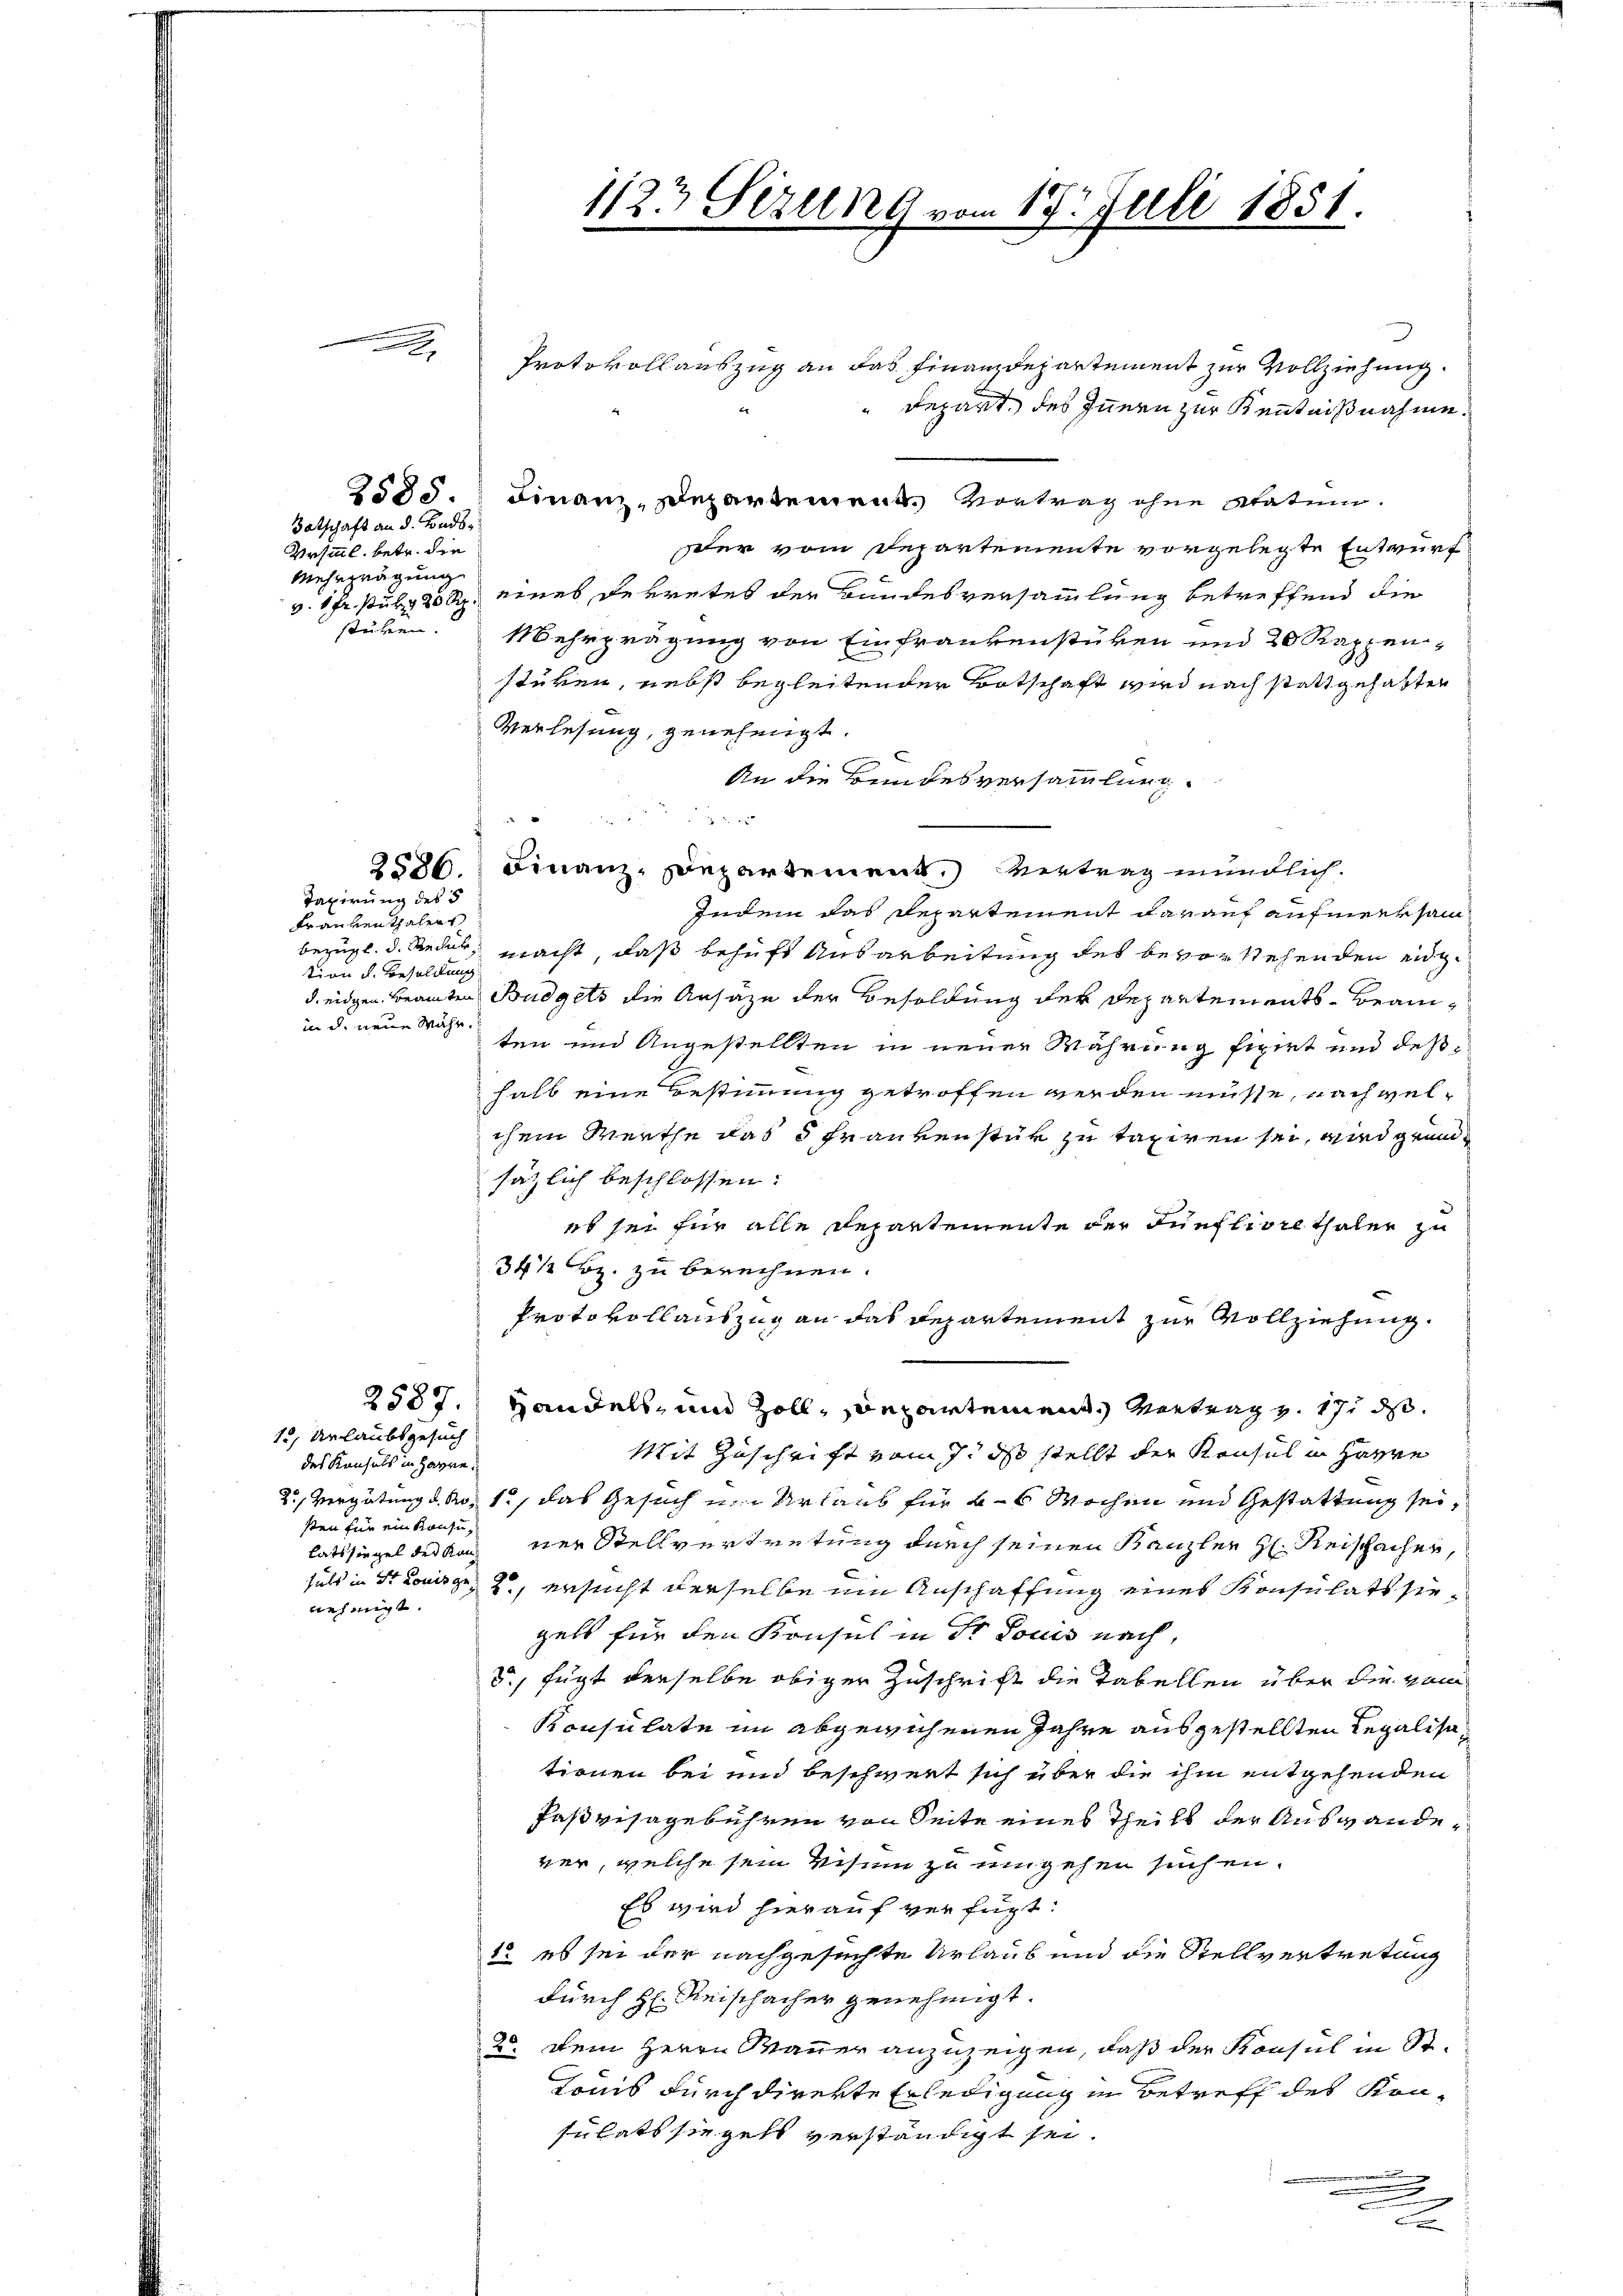
Totschaft an d. Binds¬
Vesinnl. betr. die
Mehrzeugung

Taxirung des §
Frankenthalen
tion d. Besoldung
in d. neue Währ.

1, Urlaubsgesuch
des Konsuls in Harre.
sten für ein Konsunehmigt.

Protokollauszug an das Finanzdepartement zur Vollziehung.
e
" Repart, des Innern zur Kenntnißnahme.
2535. Finanz-Departement. Vortrag ohne Statum.
dler vom Departemente vorgelegte Entwurf
v. 1 Fr. sub 20 Rp. eines getretes der Bundesversammlung betreffend die
stüken. Mehrprägung von Einfrankenstüken und 20 Rappen-
stüken, nebst begleitender Botschaft wird nach stattgehabten
Verlesung, genehmigt.
An die Bundesversammlung.
2586. Finanz-Departement.) Vertrag mündlich.
Indem das Departement darauf aufmeersam
bezügl. d. Rede, macht, daß behuft Ausarbeitung des bevorstehenden eidg.
d. eidgen Beamten Budgets die Ansäze der Besoldung der Departements-Beamten und Angestellten in neuer Währung fixirt und des
halb eine Bestimmung getroffen werden müsse, nach welchem Werthe das 5 Frankenstür zu taxiren sei, wird grünsätzlich beschlossen:
eb sei für alle Departemente der Fünfliore Thaler zu
34/ Bz. zu berechnen.
Protokollauszug an das Departement zur Vollziehung.
2587.) Handels- und Zoll, Departement. Vortrag v. 17. ds.
Mit Zuschrift vom J. ds stellt der Konsul in Harre
2., Vergütung d. No. 1., das Gesuch im Urlaub für 4 Wochen und Gestattung sei,
latsiegel der ein ner Stellvertretung durch seinen Kanzler H: Reischacher,
fals in St. Louisse, ersucht derselbe um Anschaffung eines Konsulatt siegelt für den Konsul in Dr Louis nach,
5., fügt derselbe obiger Zuschrift die Tabellen über die vom
Konsulate im abgewichenen Jahre ausgestellten Regalisationen bei und beschwert sich über die ihm entgehenden
Paßvisagebühren von Seite eines Theils der Auswandever, welche sein Visum zu umgehen suchen.
Es wird hierauf verfügt:
12 es sei der nachgesuchte Urlaub und die Stellvertretung
durch H: Reischacher genehmigt.
2. Dein Herrn Mauer anzuzeigen, daß der Konsul in St.
Tonis durch direkte Erledigung in Betreff des Konsulats siegets verständigt sei.
u
n

1123 Sezung vom 19t Juli 1851.

c